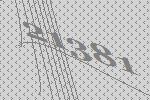
21381